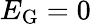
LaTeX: E_{\mathrm{G}}=0